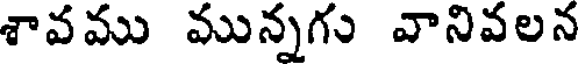
శావము మున్నగు వానివలన